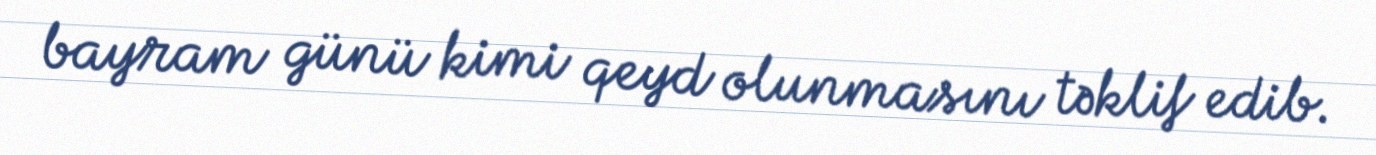
bayram günü kimi qeyd olunmasını təklif edib.